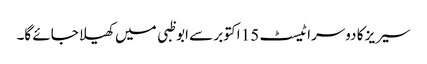
سیریز کا دوسرا ٹیسٹ 15 اکتوبر سے ابوظبی میں کھیلا جائے گا۔